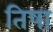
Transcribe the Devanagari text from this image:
तिषा